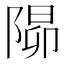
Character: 𨺸